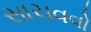
સાચવવો